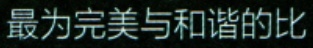
最为完美与和谐的比